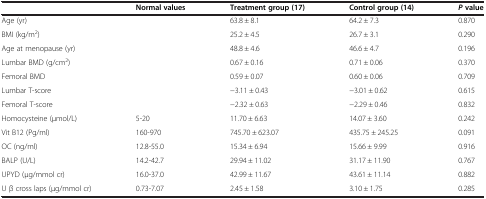
<table><thead><tr><td></td><td><b>Normal values</b></td><td><b>Treatment group (17)</b></td><td><b>Control group (14)</b></td><td><b><i>P</i>value</b></td></tr></thead><tbody><tr><td>Age (yr)</td><td></td><td>63.8 ± 8.1</td><td>64.2 ± 7.3</td><td>0.870</td></tr><tr><td>BMI (kg/m<sup>2</sup>)</td><td></td><td>25.2 ± 4.5</td><td>26.7 ± 3.1</td><td>0.290</td></tr><tr><td>Age at menopause (yr)</td><td></td><td>48.8 ± 4.6</td><td>46.6 ± 4.7</td><td>0.196</td></tr><tr><td>Lumbar BMD (g/cm<sup>2</sup>)</td><td></td><td>0.67 ± 0.16</td><td>0.71 ± 0.06</td><td>0.370</td></tr><tr><td>Femoral BMD</td><td></td><td>0.59 ± 0.07</td><td>0.60 ± 0.06</td><td>0.709</td></tr><tr><td>Lumbar T-score</td><td></td><td>−3.11 ± 0.43</td><td>−3.01 ± 0.62</td><td>0.615</td></tr><tr><td>Femoral T-score</td><td></td><td>−2.32 ± 0.63</td><td>−2.29 ± 0.46</td><td>0.832</td></tr><tr><td>Homocysteine (μmol/L)</td><td>5-20</td><td>11.70 ± 6.63</td><td>14.07 ± 3.60</td><td>0.242</td></tr><tr><td>Vit B12 (Pg/ml)</td><td>160-970</td><td>745.70 ± 623.07</td><td>435.75 ± 245.25</td><td>0.091</td></tr><tr><td>OC (ng/ml)</td><td>12.8-55.0</td><td>15.34 ± 6.94</td><td>15.66 ± 9.99</td><td>0.916</td></tr><tr><td>BALP (U/L)</td><td>14.2-42.7</td><td>29.94 ± 11.02</td><td>31.17 ± 11.90</td><td>0.767</td></tr><tr><td>UPYD (μg/mmol cr)</td><td>16.0-37.0</td><td>42.99 ± 11.67</td><td>43.61 ± 11.14</td><td>0.882</td></tr><tr><td>U β cross laps (μg/mmol cr)</td><td>0.73-7.07</td><td>2.45 ± 1.58</td><td>3.10 ± 1.75</td><td>0.285</td></tr></tbody></table>